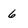
Character: 6